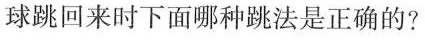
球跳回来时下面哪种跳法是正确的?